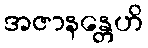
အဇာနန္တေဟိ